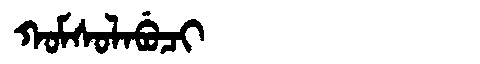
Manchu: ᡴᠣᠮᠰᠣᠯᠠᠪᡠᠴᡳ
Romanization: KOMSOLABUCI